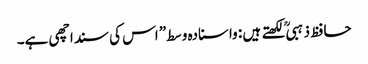
حافظ ذہبی ؒ لکھتے ہیں : واسنادہ وسط” اس کی سنداچھی ہے۔